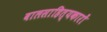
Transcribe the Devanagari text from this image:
बालसाहित्‍यकारों